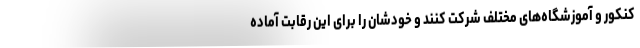
کنکور و آموزشگاه‌های مختلف شرکت کنند و خودشان را برای این رقابت آماده